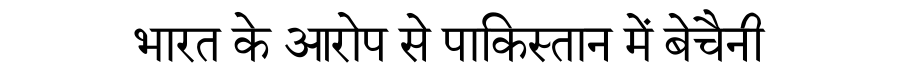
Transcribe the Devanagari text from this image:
भारत के आरोप से पाकिस्तान में बेचैनी